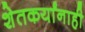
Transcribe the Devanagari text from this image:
शेतकर्यांनाही